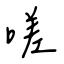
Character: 嗟